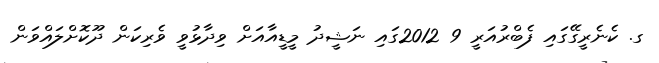
ގ. ކެނެރީގޭގައި ފެބްރުއަރީ 9 2012ގައި ނަޝީދު މީޑީއާއަށް ވިދާޅުވީ ވެރިކަން ދޫކޮށްލައްވަން